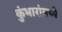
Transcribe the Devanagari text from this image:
कुंभारांमध्ये